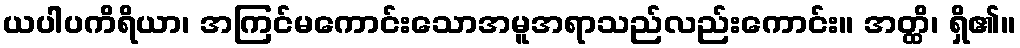
ယပါပကိရိယာ၊ အကြင်မကောင်းသောအမူအရာသည်လည်းကောင်း။ အတ္ထိ၊ ရှိ၏။